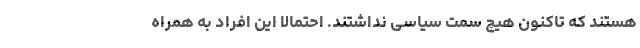
هستند که تاکنون هیچ سمت سیاسی نداشتند. احتمالا این افراد به همراه